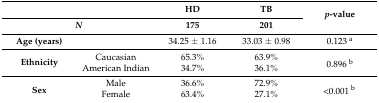
<table><thead><tr><td colspan="2"></td><td><b>HD</b></td><td><b>TB</b></td><td rowspan="2"><b><i>p</i>-value</b></td></tr><tr><td colspan="2"><b><i>N</i></b></td><td><b>175</b></td><td><b>201</b></td></tr></thead><tbody><tr><td><b>Age (years)</b></td><td></td><td>34.25 ± 1.16</td><td>33.03 ± 0.98</td><td>0.123 <sup>a</sup></td></tr><tr><td rowspan="2"><b>Ethnicity</b></td><td>Caucasian</td><td>65.3%</td><td>63.9%</td><td rowspan="2">0.896 <sup>b</sup></td></tr><tr><td>American Indian</td><td>34.7%</td><td>36.1%</td></tr><tr><td rowspan="2"><b>Sex</b></td><td>Male</td><td>36.6%</td><td>72.9%</td><td rowspan="2">&lt;0.001 <sup>b</sup></td></tr><tr><td>Female</td><td>63.4%</td><td>27.1%</td></tr></tbody></table>